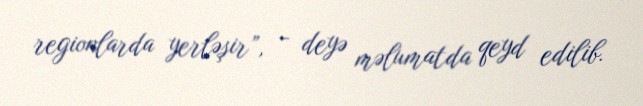
regionlarda yerləşir”, - deyə məlumatda qeyd edilib.